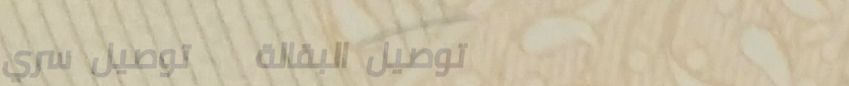
توصيل البقالة   توصيل سري